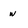
Character: w